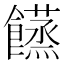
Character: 𩟘